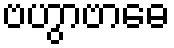
ဗဟွာဗာဓေ